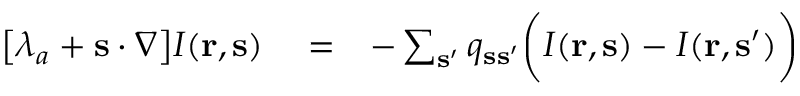
\begin{array} { r l r } { \big [ \lambda _ { a } + { \bf s } \cdot \nabla \big ] I ( { \bf r } , { \bf s } ) } & { { } = } & { - \sum _ { { \bf s } ^ { \prime } } q _ { { \bf s } { \bf s } ^ { \prime } } \bigg ( I ( { \bf r } , { \bf s } ) - I ( { \bf r } , { \bf s } ^ { \prime } ) \bigg ) } \end{array}